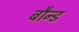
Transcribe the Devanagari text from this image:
बौन्ड